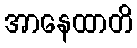
အာနေထာတိ